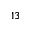
^ { 1 3 }